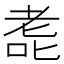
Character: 𫅳